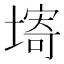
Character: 𡏾